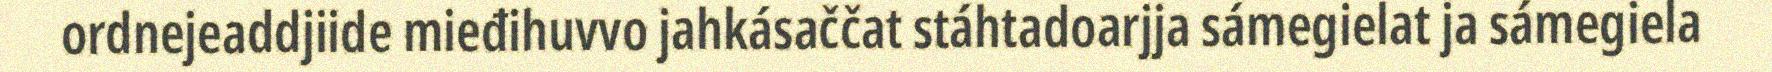
ordnejeaddjiide mieđihuvvo jahkásaččat stáhtadoarjja sámegielat ja sámegiela